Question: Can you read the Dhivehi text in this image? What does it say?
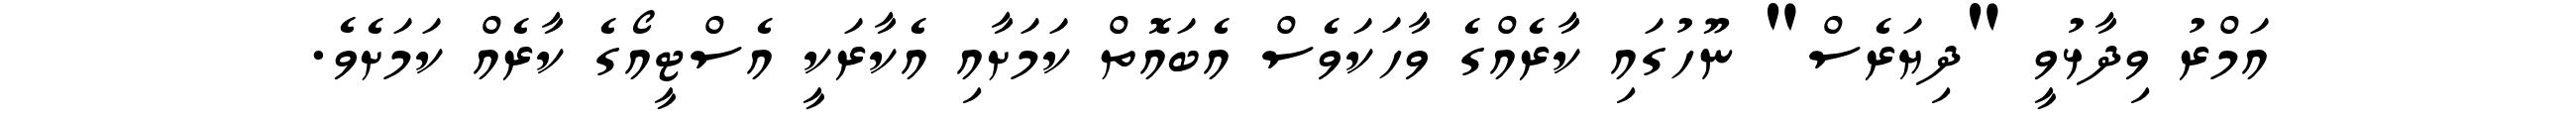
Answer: އަމްރު ވިދާޅުވީ "ދިޔަރެސް" ނޫހުގައި ކާރެއްގެ ވާހަކަވެސް އެބައޮތް ކަމަށާއި އެކާރަކީ އެސްޓީއޯގެ ކާރެއް ކަމަށެވެ.